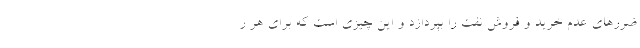
ضررهای عدم خرید و فروش نفت را بپردازد و این چیزی است که برای هر ر